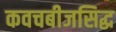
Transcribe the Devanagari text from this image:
कवचबीजसिद्ध